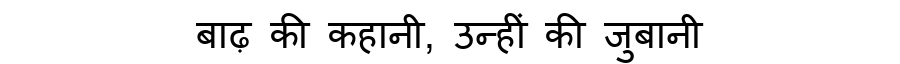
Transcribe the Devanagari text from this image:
बाढ़ की कहानी, उन्हीं की जुबानी